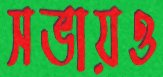
সভায়ও